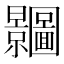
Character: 𭨗